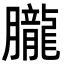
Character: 朧